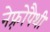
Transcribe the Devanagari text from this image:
नेफ़्रोपैथी